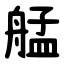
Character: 艋